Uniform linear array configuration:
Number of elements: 48
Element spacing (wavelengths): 0.75
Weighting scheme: binomial
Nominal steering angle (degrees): -60
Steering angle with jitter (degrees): -59.276
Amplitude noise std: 0.05
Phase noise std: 0.05

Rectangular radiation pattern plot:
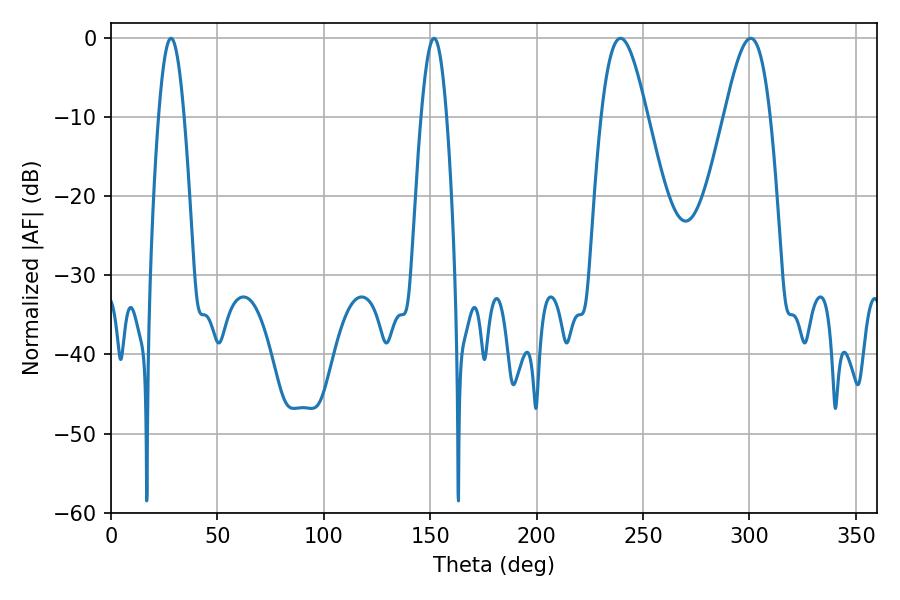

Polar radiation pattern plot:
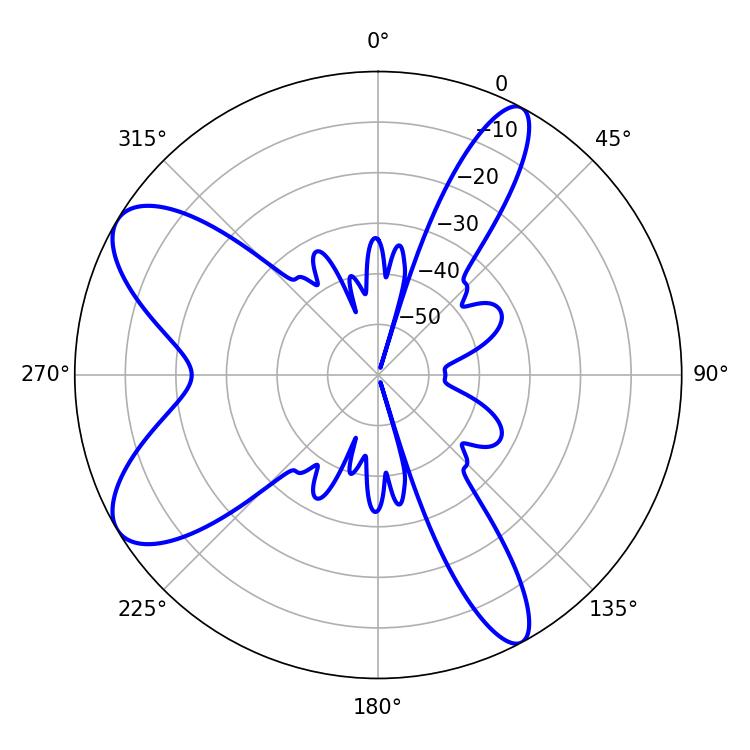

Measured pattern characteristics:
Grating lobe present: TRUE
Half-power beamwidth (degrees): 11.52
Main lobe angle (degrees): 239.4